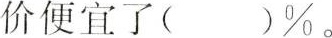
价便宜了( )\%。